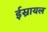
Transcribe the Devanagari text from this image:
ईस्रायल